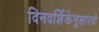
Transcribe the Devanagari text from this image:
दिनदर्शिकेनुसारचे